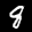
Label: 8